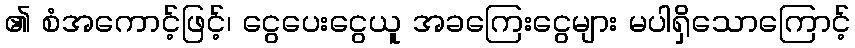
၏ စံအကောင့်ဖြင့်၊ ငွေပေးငွေယူ အခကြေးငွေများ မပါရှိသောကြောင့်